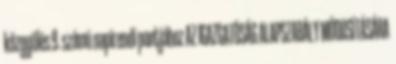
közgyűlés 9. számú napirendi pontjához AZ IGAZGATÓSÁG ALAPSZABÁLY MÓDOSÍTÁSÁRA